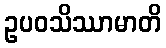
ဥပဝသိဿာမာတိ